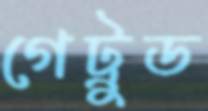
গেট্রুড